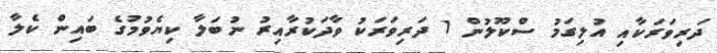
ދަރިވަރަކާއި އުލިގަމު ސްކޫލުން 1 ދަރިވަރަކު ވާދަކުރާއިރު ނުބަލާ ކިޔެވުމުގެ ބައިން ކެލާ